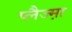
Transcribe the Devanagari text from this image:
प्लैज्म़ा